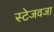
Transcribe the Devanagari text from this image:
स्टेजवजा